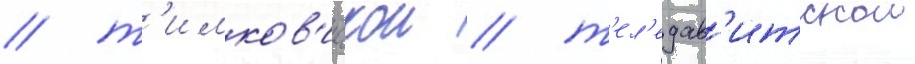
/ т'имков'ичскои / т'ел'едав'итскои